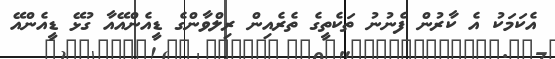
އެކަމަކު އެ ކާރުން ފެނުނު ތަކެތީގެ ތެރެއިން ރިލްވާންގެ ޑީއެންއޭއާ ގުޅޭ ޑީއެންއޭ